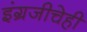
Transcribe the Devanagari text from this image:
इंग्रजीचेही